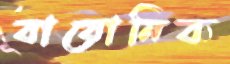
বায়োনিক